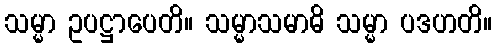
သမ္မာ ဥပဋ္ဌာပေတိ။ သမ္မာသမာဓိ သမ္မာ ပဒဟတိ။